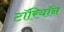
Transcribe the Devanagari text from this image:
टॉरियॉन